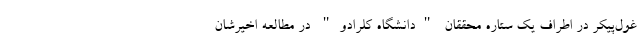
غول‌پیکر در اطراف یک ستاره محققان "دانشگاه کلرادو" در مطالعه اخیرشان